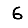
Digit: 6